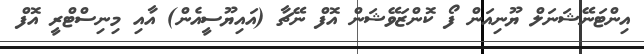
އިންޓަނޭޝަނަލް ޔޫނިއަން ފޯ ކޮންޒަވޭޝަން އޮފް ނޭޗާ (އައިޔޫސީއެން) އާއި މިނިސްޓްރީ އޮފް